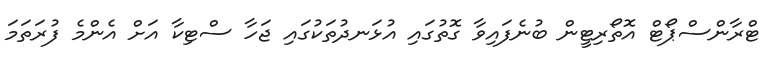
ޓްރާންސްޕޯޓް އޮތޯރިޓީން ބުނެފައިވާ ގޮތުގައި އުޅަނދުތަކުގައި ޖަހާ ސްޓިކާ އަށް އެންމެ ފުރަތަމަ